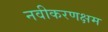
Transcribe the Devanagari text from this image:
नवीकरणक्षम